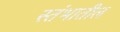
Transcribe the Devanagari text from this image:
स्तंभातील